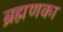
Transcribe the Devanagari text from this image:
ब्रह्मणका